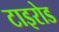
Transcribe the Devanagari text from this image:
टाइरोड